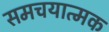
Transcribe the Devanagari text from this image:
समचयात्मक